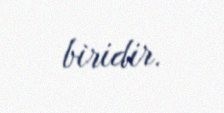
biridir.